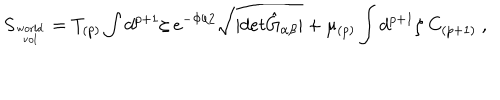
S _ { \mathrm { w o r l d \atop v o l } } = T _ { ( p ) } \int d ^ { p + 1 } \zeta \ e ^ { - \Phi / 2 } \sqrt { \vert d e t { \hat { G } } _ { \alpha \beta } \vert } + \mu _ { ( p ) } \int d ^ { p + 1 } \zeta \ C _ { ( p + 1 ) } \ ,